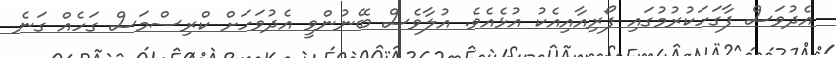
އެދުވަސް ފާގަހަކުރުމުގައި ފޯރިއާއިއެކު އުޅެއެވެ. އުލާވެސް ބޭނުންވީ އެދުވަހަށް ކްރިސްމަސް ގަހެއް ގަނެ